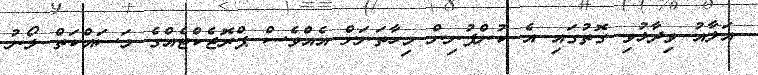
އަލާއު ވިދާޅުވި ގޮތުގައި އެ ކުންފުނިން މިހާތަނަށް އެއްވެސް ޕްރޮޖެކްޓެއްގެ މަސައްކަތް ލޯނު